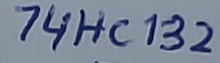
Text: 74HC132